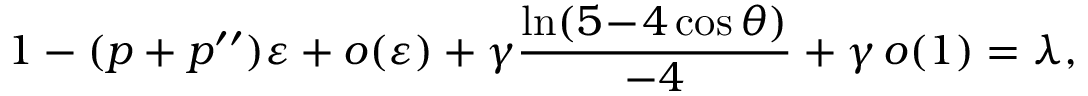
1 - ( p + p ^ { \prime \prime } ) \varepsilon + o ( \varepsilon ) + \gamma \frac { \ln ( 5 \! - \! 4 \cos \theta ) } { - 4 } + \gamma \, o ( 1 ) = \lambda ,